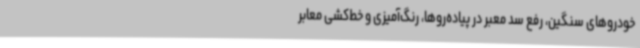
خودروهای سنگین، رفع سد معبر در پیاده‌روها، رنگ‌آمیزی و خط‌کشی معابر